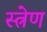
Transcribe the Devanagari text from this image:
स्त्रेण